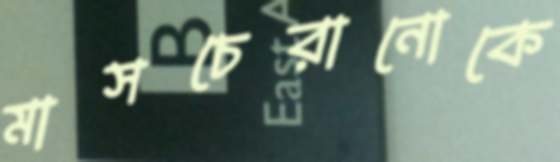
মাসচেরানোকে